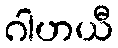
ဂါဟယီ